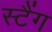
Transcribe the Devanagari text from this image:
स्टैंग